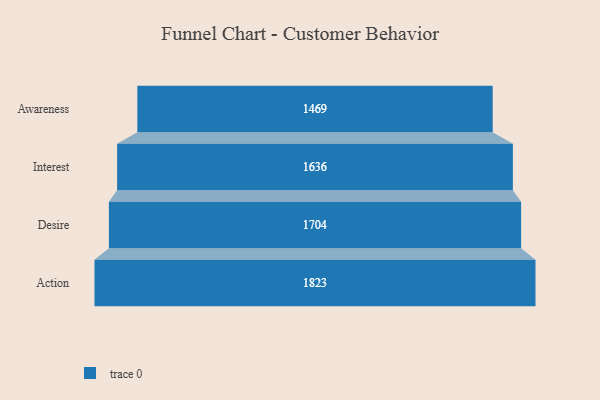
{"axis": {"x": "Stage", "y": "Value"}, "legend": [""], "data": [{"x": "Awareness", "y": 1469.0, "type": ""}, {"x": "Interest", "y": 1636.0, "type": ""}, {"x": "Desire", "y": 1704.0, "type": ""}, {"x": "Action", "y": 1823.0, "type": ""}]}